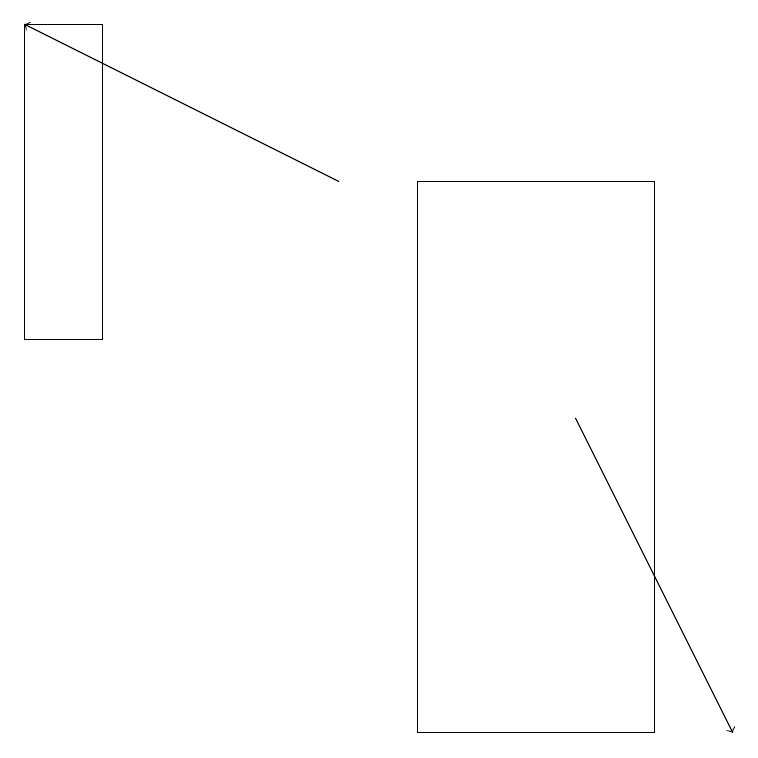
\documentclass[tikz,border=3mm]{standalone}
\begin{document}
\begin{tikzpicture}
\draw (1,15) rectangle (0,19);
\draw (5,10) rectangle (8,17);
\draw[->] (4,17) -- (0,19);
\draw[->] (7,14) -- (9,10);
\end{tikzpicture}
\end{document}